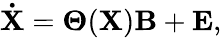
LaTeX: \mathbf{\dot{X}}=\mathbf{\Theta}(\mathbf{X}){\mathbf{B}}+\mathbf{E},